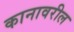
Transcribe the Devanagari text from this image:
कानावरील